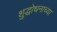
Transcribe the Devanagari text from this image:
शुद्धोधनाच्या